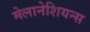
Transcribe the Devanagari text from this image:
मेलानेशियन्स